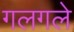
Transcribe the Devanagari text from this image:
गलगले